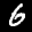
Label: 6